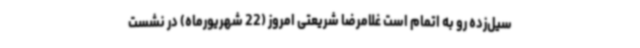
سیل‌زده رو به اتمام است غلامرضا شریعتی امروز (22 شهریورماه) در نشست